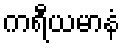
ကရီယမာနံ